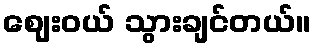
ဈေးဝယ် သွားချင်တယ်။